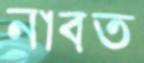
নাবত